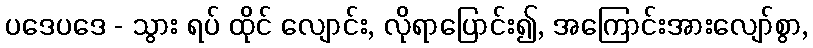
ပဒေပဒေ - သွား ရပ် ထိုင် လျောင်း, လိုရာပြောင်း၍, အကြောင်းအားလျော်စွာ,